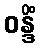
ဝန္ဒိံ